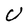
Character: U